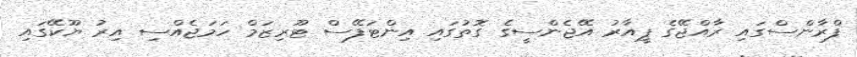
ފްރާންސްގައި ރާއްޖޭގެ ޕީއާރު އޭޖެންސީގެ ގޮތުގައި އިންޓަފޭސް ޓޫރިޒަމް ހަމަޖެއްސި އިރު ޔޫކޭގައި